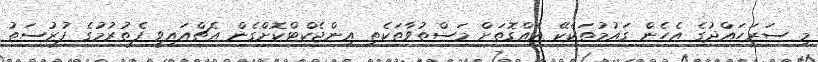
މި ސަރަހައްދުގެ އެހެން ގައުމުތަކެކޭ އެއްގޮތަށް މަސްތުވާތަކެތި އިންޖެކްޓްކޮށްގެން އެޗްއައިވީ ފެތުރުމުގެ ފުރުސަތު